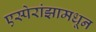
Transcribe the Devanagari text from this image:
एस्पेरांझामधून